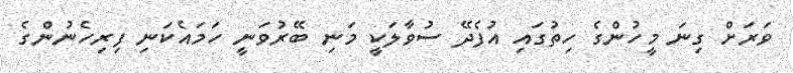
ވަރަށް ގިނަ މީހުންގެ ހިތުގައި އުފެދޭ ސުވާލަކީ މަނި ބޭރުވަނީ ހަމައެކަނި ފިރިހެނުންގެ